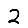
Digit: 2